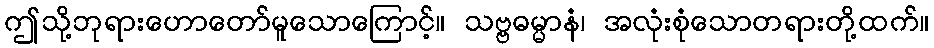
ဤသို့ဘုရားဟောတော်မူသောကြောင့်။ သဗ္ဗဓမ္မာနံ၊ အလုံးစုံသောတရားတို့ထက်။